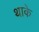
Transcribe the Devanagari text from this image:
थाके